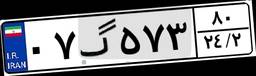
۰۷گ۵۷۳۸۰